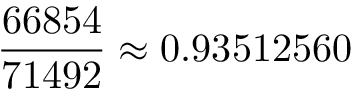
\frac { 6 6 8 5 4 } { 7 1 4 9 2 } \approx 0 . 9 3 5 1 2 5 6 0